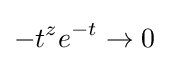
-t^{z}e^{-t}\to 0